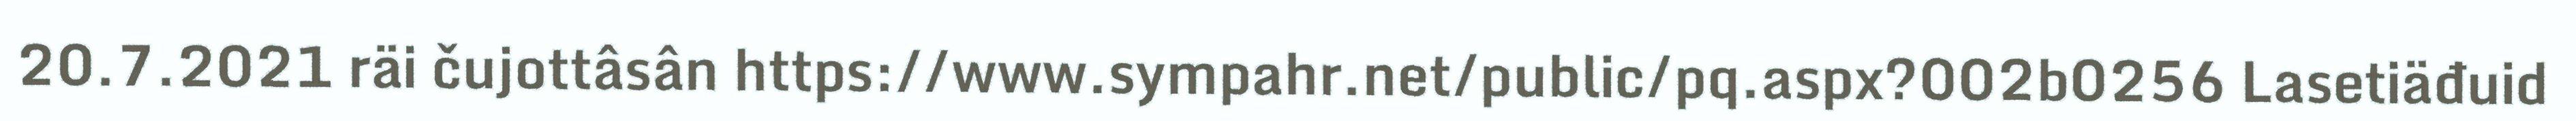
20.7.2021 räi čujottâsân https://www.sympahr.net/public/pq.aspx?002b0256 Lasetiäđuid